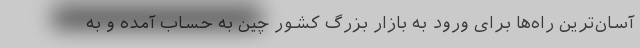
آسان‌ترین راه‌ها برای ورود به بازار بزرگ کشور چین به حساب آمده و به